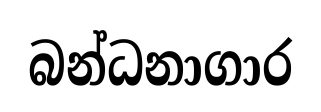
බන්ධනාගාර